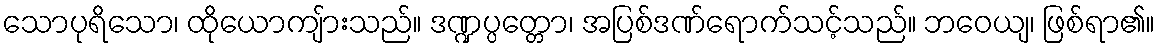
သောပုရိသော၊ ထိုယောကျ်ားသည်။ ဒဏ္ဍပ္ပတ္တော၊ အပြစ်ဒဏ်ရောက်သင့်သည်။ ဘဝေယျ၊ ဖြစ်ရာ၏။